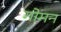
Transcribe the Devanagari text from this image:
गोमन